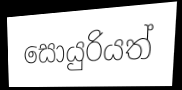
සොයුරියත්